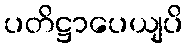
ပတိဋ္ဌာပေယျပိ